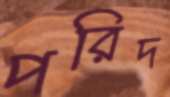
পরিদ